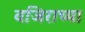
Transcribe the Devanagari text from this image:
वजिराच्या